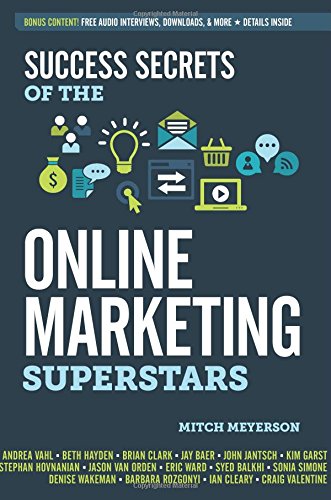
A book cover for Success Secrets of the Online Marketing Superstars; Mitch Meyerson; Computers & Technology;